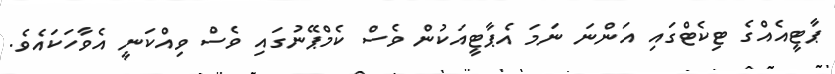
ޕާޓީއެއްގެ ޓިކެޓްގައި އަންނަ ނަމަ އެޕާޓީއަކުން ވެސް ކެމްޕޭނުގައި ވެސް ވިއްކަނީ އެވާހަކައެވެ.